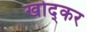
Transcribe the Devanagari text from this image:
खोद्कर